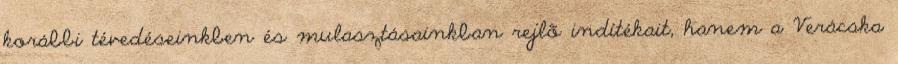
korábbi tévedéseinkben és mulasztásainkban rejlõ indítékait, hanem a Verácska